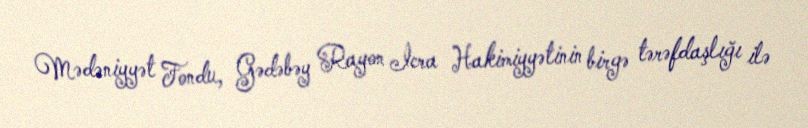
Mədəniyyət Fondu, Gədəbəy Rayon İcra Hakimiyyətinin birgə tərəfdaşlığı ilə